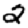
Digit: 2